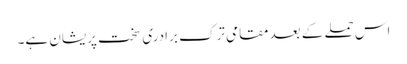
اس حملے کے بعد مقامی ترک برادری سخت پریشان ہے۔